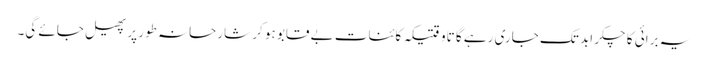
یہ برائی کا چکر ابد تک جاری رہے گا تاوقتیکہ کائنات بے قابو ہو کر شارحانہ طور پر پھیل جائے گی۔